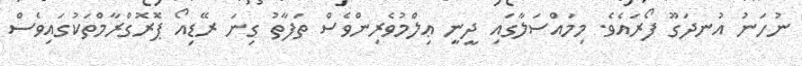
ނުހަނު އުނދަގޫ ފޯރައެވެ. މިމައްސަލާގައި ދީނީ ޢިލްމުވެރިންވެސް ތަފާތު ގިނަ ރޭޑިއޯ ޕޮރޮގްރާމްތަކުގައިވެސް